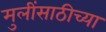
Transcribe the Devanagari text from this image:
मुलींसाठीच्या